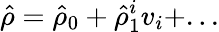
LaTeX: \hat{\rho}=\hat{\rho}_{0}+\hat{\rho}_{1}^{i}v_{i}+...